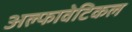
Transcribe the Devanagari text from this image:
अल्फावेटिकल